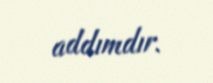
addımdır.